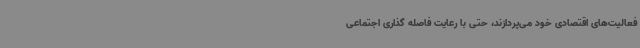
فعالیت‌های اقتصادی خود می‌پردازند، حتی با رعایت فاصله گذاری اجتماعی